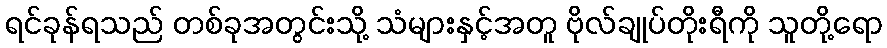
ရင်ခုန်ရသည် တစ်ခုအတွင်းသို့ သံများနှင့်အတူ ဗိုလ်ချုပ်တိုးရီကို သူတို့ရော